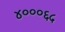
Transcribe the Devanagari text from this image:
४०००६५